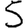
Digit: 5